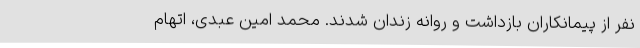
نفر از پیمانکاران بازداشت و روانه زندان شدند. محمد امین عبدی، اتهام